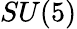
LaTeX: SU(5)